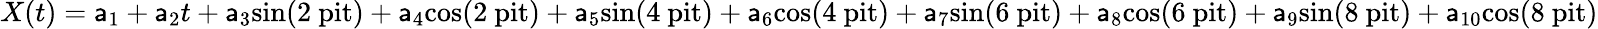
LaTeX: X(t)=\mathsf{a}_{1}+\mathsf{a}_{2}t+\mathsf{a}_{3}\mathrm{{{sin}(2\ pit)+\mathsf{a}_{4}\mathrm{{{cos}(2\ pit)+\mathsf{a}_{5}\mathrm{{{sin}(4\ pit)+\mathsf{a}_{6}\mathrm{{{cos}(4\ pit)+\mathsf{a}_{7}\mathrm{{{sin}(6\ pit)+\mathsf{a}_{8}\mathrm{{{cos}(6\ pit)+\mathsf{a}_{9}\mathrm{{{sin}(8\ pit)+\mathsf{a}_{10}\mathrm{{{cos}(8\ pit)}}}}}}}}}}}}}}}}